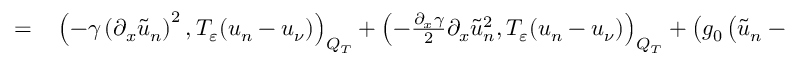
\begin{array} { r l } { = } & { { } \left( - \gamma \left( \partial _ { x } \tilde { u } _ { n } \right) ^ { 2 } , T _ { \varepsilon } ( u _ { n } - u _ { \nu } ) \right) _ { Q _ { T } } + \left( - \frac { \partial _ { x } \gamma } { 2 } \partial _ { x } \tilde { u } _ { n } ^ { 2 } , T _ { \varepsilon } ( u _ { n } - u _ { \nu } ) \right) _ { Q _ { T } } + \left( g _ { 0 } \left( \tilde { u } _ { n } - \frac { 1 } { n } \right) , T _ { \varepsilon } ( u _ { n } - u _ { \nu } ) \right) _ { Q _ { T } } } \end{array}